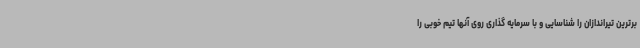
برترین تیراندازان را شناسایی و با سرمایه گذاری روی آنها تیم خوبی را